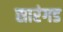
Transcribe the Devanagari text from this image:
सारंगड